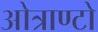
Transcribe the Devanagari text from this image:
ओत्राण्टो